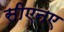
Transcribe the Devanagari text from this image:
सीएनए